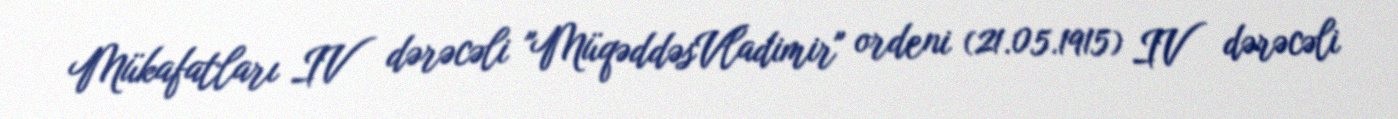
Mükafatları IV dərəcəli "MüqəddəsVladimir" ordeni (21.05.1915) IV dərəcəli